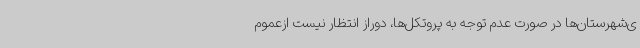
ی‌شهرستان‌ها در صورت عدم توجه به پروتکل‌ها، دوراز انتظار نیست ازعموم